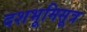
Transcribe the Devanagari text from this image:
दशभूमिसूत्र